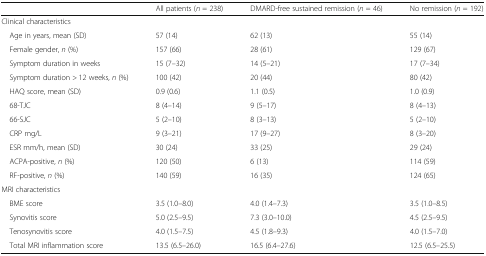
<table><thead><tr><td></td><td><b>All patients (<i>n</i> = 238)</b></td><td><b>DMARD-free sustained remission (<i>n</i> = 46)</b></td><td><b>No remission (<i>n</i> = 192)</b></td></tr></thead><tbody><tr><td colspan="4">Clinical characteristics</td></tr><tr><td> Age in years, mean (SD)</td><td>57 (14)</td><td>62 (13)</td><td>55 (14)</td></tr><tr><td> Female gender, <i>n</i> (%)</td><td>157 (66)</td><td>28 (61)</td><td>129 (67)</td></tr><tr><td> Symptom duration in weeks</td><td>15 (7–32)</td><td>14 (5–21)</td><td>17 (7–34)</td></tr><tr><td> Symptom duration &gt; 12 weeks, <i>n</i> (%)</td><td>100 (42)</td><td>20 (44)</td><td>80 (42)</td></tr><tr><td> HAQ score, mean (SD)</td><td>0.9 (0.6)</td><td>1.1 (0.5)</td><td>1.0 (0.9)</td></tr><tr><td> 68-TJC</td><td>8 (4–14)</td><td>9 (5–17)</td><td>8 (4–13)</td></tr><tr><td> 66-SJC</td><td>5 (2–10)</td><td>8 (3–13)</td><td>5 (2–10)</td></tr><tr><td> CRP mg/L</td><td>9 (3–21)</td><td>17 (9–27)</td><td>8 (3–20)</td></tr><tr><td> ESR mm/h, mean (SD)</td><td>30 (24)</td><td>33 (25)</td><td>29 (24)</td></tr><tr><td> ACPA-positive, <i>n</i> (%)</td><td>120 (50)</td><td>6 (13)</td><td>114 (59)</td></tr><tr><td> RF-positive, <i>n</i> (%)</td><td>140 (59)</td><td>16 (35)</td><td>124 (65)</td></tr><tr><td colspan="4">MRI characteristics</td></tr><tr><td> BME score</td><td>3.5 (1.0–8.0)</td><td>4.0 (1.4–7.3)</td><td>3.5 (1.0–8.5)</td></tr><tr><td> Synovitis score</td><td>5.0 (2.5–9.5)</td><td>7.3 (3.0–10.0)</td><td>4.5 (2.5–9.5)</td></tr><tr><td> Tenosynovitis score</td><td>4.0 (1.5–7.5)</td><td>4.5 (1.8–9.3)</td><td>4.0 (1.5–7.0)</td></tr><tr><td> Total MRI inflammation score</td><td>13.5 (6.5–26.0)</td><td>16.5 (6.4–27.6)</td><td>12.5 (6.5–25.5)</td></tr></tbody></table>